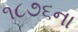
૧૮૭૬ના